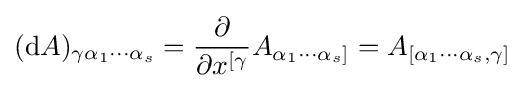
(\mathrm {d} A)_{\gamma \alpha _{1}\cdots \alpha _{s}}={\frac {\partial }{\partial x^{[\gamma }}}A_{\alpha _{1}\cdots \alpha _{s}]}=A_{[\alpha _{1}\cdots \alpha _{s},\gamma ]}